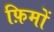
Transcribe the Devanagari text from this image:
फ़िमों